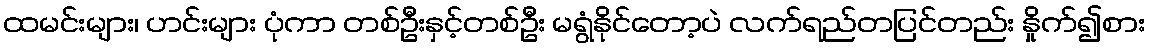
ထမင်းများ၊ ဟင်းများ ပုံကာ တစ်ဦးနှင့်တစ်ဦး မရွံနိုင်တော့ပဲ လက်ရည်တပြင်တည်း နှိုက်၍စား